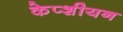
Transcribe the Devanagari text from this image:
केप्शीयन